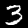
Digit: 3